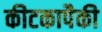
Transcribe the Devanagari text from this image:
कीटकापैकी